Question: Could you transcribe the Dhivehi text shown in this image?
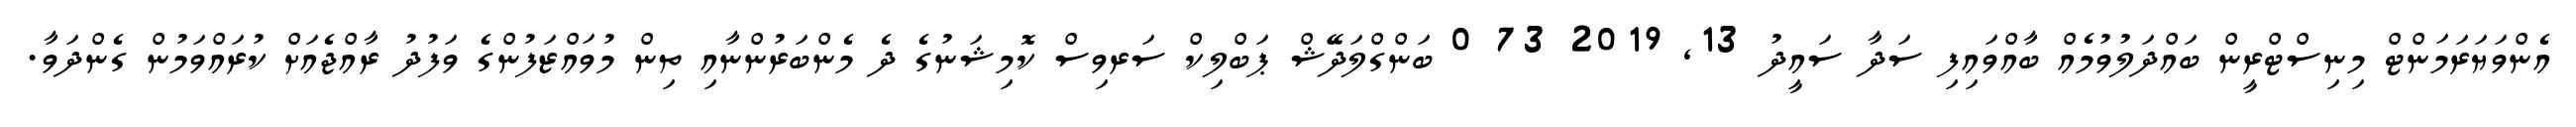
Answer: އެންވަޔަރަމަންޓް މިނިސްޓްރީން ބައްދަލުވުމެއް ބާއްވައިފި ސަދާ ސައީދު 13, 2019 73 0 ބަންގްލަދޭޝް ޕަބްލިކް ސަރވިސް ކޮމިޝަނުގެ ދެ މެންބަރުންނާއި ތިން މުވައްޒަފުންގެ ވަފުދު ރާއްޖެއަށް ކުރައްވަމުން ގެންދަވާ.